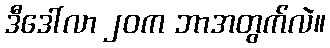
ဒီဒေါ်လာ ၂၀က ဘာအတွက်လဲ။